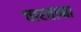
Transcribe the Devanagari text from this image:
चारताना